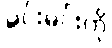
မင်းမင်းကို